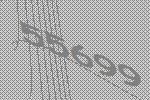
55699